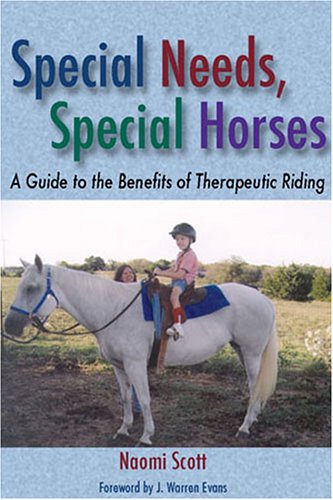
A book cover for Special Needs, Special Horses: A Guide to the Benefits of Therapeutic Riding (Practical Guide); Naomi Scott; Health, Fitness & Dieting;